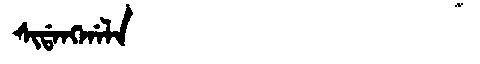
Manchu: ᠰᡳᡩᠠᠩᡤᠠᠯᠠ
Romanization: SIDANGGALA